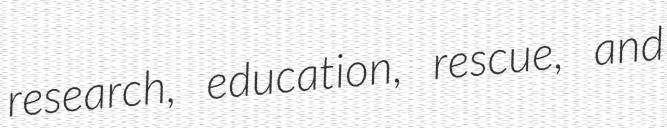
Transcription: research, education, rescue, and